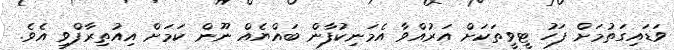
ވަޑައިގަތުމަށް ފަހު ޓީވީތަކަށް އަރުއްވާ އެމަނިކުފާން ބައްޔެއް ނޫން ކަމަށް އިއުތިރާފްވި އެވެ.